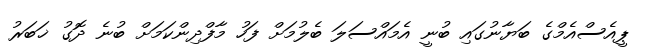
ޕީއެސްއެމްގެ ބަޔާނުގައި ބުނީ އެމައްސަލަ ބެލުމަށް ފަހު މާފްދިންކަމަށް ބުނެ ދޮގު ޚަބަރު